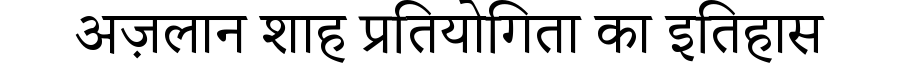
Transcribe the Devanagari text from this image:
अज़लान शाह प्रतियोगिता का इतिहास